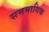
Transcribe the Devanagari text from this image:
सममायिक